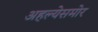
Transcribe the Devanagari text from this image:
अहल्येसमोर